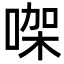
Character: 㗎